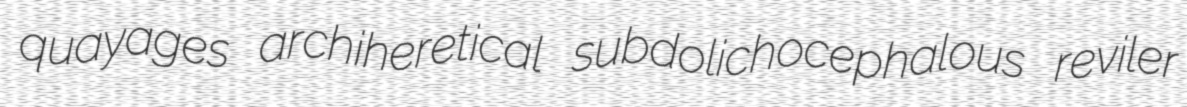
quayages archiheretical subdolichocephalous reviler